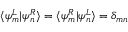
\langle \psi _ { m } ^ { L } | \psi _ { n } ^ { R } \rangle = \langle \psi _ { m } ^ { R } | \psi _ { n } ^ { L } \rangle = \delta _ { m n }